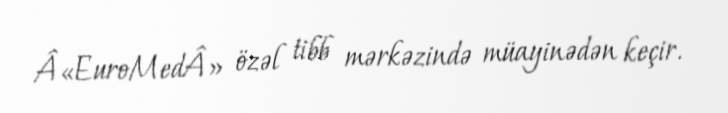
Â«EuroMedÂ» özəl tibb mərkəzində müayinədən keçir.